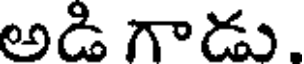
అడి గాడు.